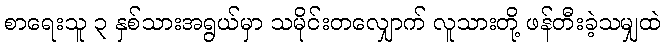
စာရေးသူ ၃ နှစ်သားအရွယ်မှာ သမိုင်းတလျှောက် လူသားတို့ ဖန်တီးခဲ့သမျှထဲ